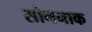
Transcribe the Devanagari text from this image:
सोननाक